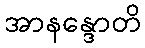
အာနန္ဒောတိ